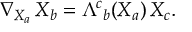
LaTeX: \nabla _ { { X _ { a } } } \, X _ { b } = \Lambda ^ { c } { } _ { b } ( X _ { a } ) \, X _ { c } .